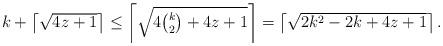
LaTeX: \begin{align*}\mbox{$k+\left\lceil\sqrt{4z+1}\right\rceil \leq \left\lceil {\sqrt{4{k \choose 2}+4z+1}}\right\rceil = \left\lceil {\sqrt{2k^2-2k+4z+1}}\right\rceil.$}\end{align*}